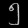
Digit: ၅